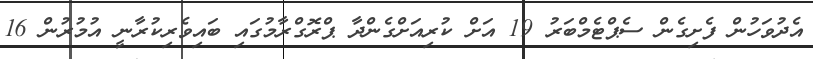
އެދުވަހުން ފެށިގެން ސެޕްޓެމްބަރު 19 އަށް ކުރިއަށްގެންދާ ޕްރޮގްރާމުގައި ބައިވެރިކުރާނީ އުމުރުން 16